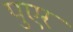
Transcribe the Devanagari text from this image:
पुएर